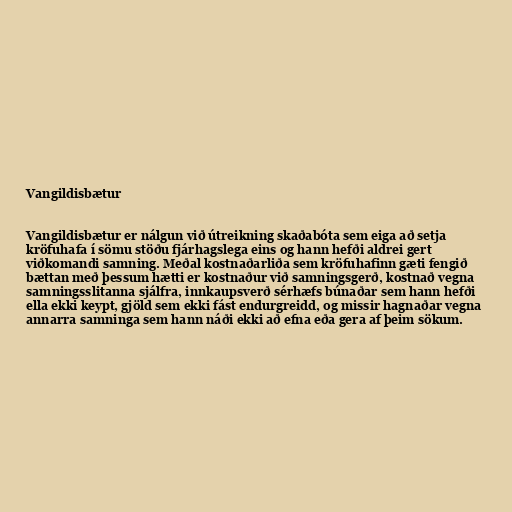
Vangildisbætur

Vangildisbætur er nálgun við útreikning skaðabóta sem eiga að setja
kröfuhafa í sömu stöðu fjárhagslega eins og hann hefði aldrei gert
viðkomandi samning. Meðal kostnaðarliða sem kröfuhafinn gæti fengið
bættan með þessum hætti er kostnaður við samningsgerð, kostnað vegna
samningsslitanna sjálfra, innkaupsverð sérhæfs búnaðar sem hann hefði
ella ekki keypt, gjöld sem ekki fást endurgreidd, og missir hagnaðar vegna
annarra samninga sem hann náði ekki að efna eða gera af þeim sökum.